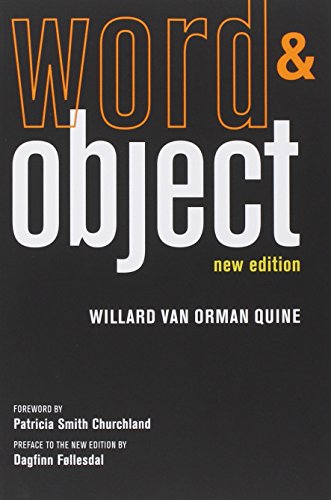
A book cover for Word and Object; Willard Van Orman Quine; Politics & Social Sciences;